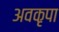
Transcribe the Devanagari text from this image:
अवकृपा